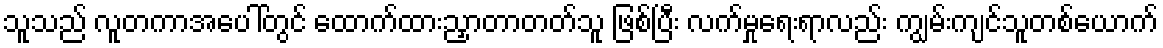
သူသည် လူတကာအပေါ်တွင် ထောက်ထားညှာတာတတ်သူ ဖြစ်ပြီး လက်မှုရေးရာလည်း ကျွမ်းကျင်သူတစ်ယောက်